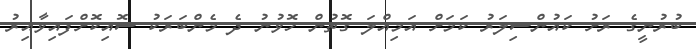
ބުރުނީގެ ރަށު ކައުންސިލަރު ކަމަށް އަމިއްލަ ގޮތުން ހޮވުނު ދެ މެންބަރަކު ސޮއިކޮށްފައިވާއިރު